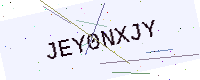
Text: JEY0NXJY